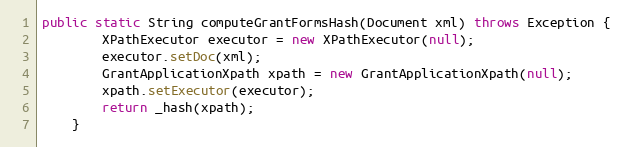
Language: Java
public static String computeGrantFormsHash(Document xml) throws Exception {
		XPathExecutor executor = new XPathExecutor(null);
		executor.setDoc(xml);
		GrantApplicationXpath xpath = new GrantApplicationXpath(null);
		xpath.setExecutor(executor);
		return _hash(xpath);
	}